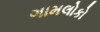
ગામલોકો